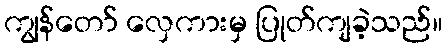
ကျွန်တော် လှေကားမှ ပြုတ်ကျခဲ့သည်။